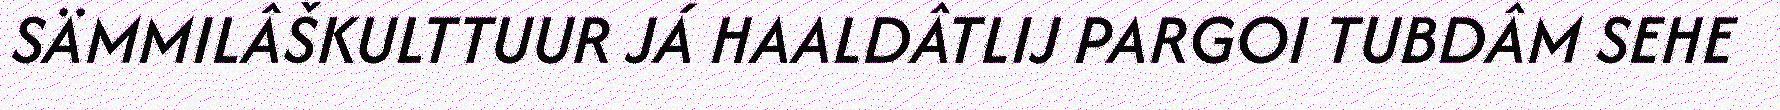
SÄMMILÂŠKULTTUUR JÁ HAALDÂTLIJ PARGOI TUBDÂM SEHE